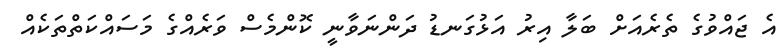
އެ ޖައްވުގެ ތެރެއަށް ބަލާ އިރު އަޅުގަނޑު ދަންނަވާނީ ކޮންމެސް ވަރެއްގެ މަަސައްކަތްތަކެއް